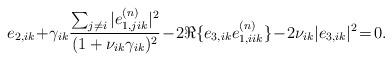
LaTeX: \begin{align*}e_{2,ik}\!+\!\gamma_{ik}\frac{\sum_{j\neq i}|e^{(n)}_{1,jik}|^{2}}{(1+\nu_{ik}\gamma_{ik})^{2}}\!-\!2\Re{\{e_{3,ik}e^{(n)}_{1,iik}\}}\!-\!2\nu_{ik}|e_{3,ik}|^{2}\! =\! 0.\end{align*}